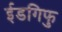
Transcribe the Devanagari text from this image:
ईडगिफु